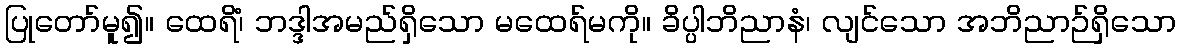
ပြုတော်မူ၍။ ထေရိံ၊ ဘဒ္ဒါအမည်ရှိသော မထေရ်မကို။ ခိပ္ပါဘိညာနံ၊ လျင်သော အဘိညာဉ်ရှိသော